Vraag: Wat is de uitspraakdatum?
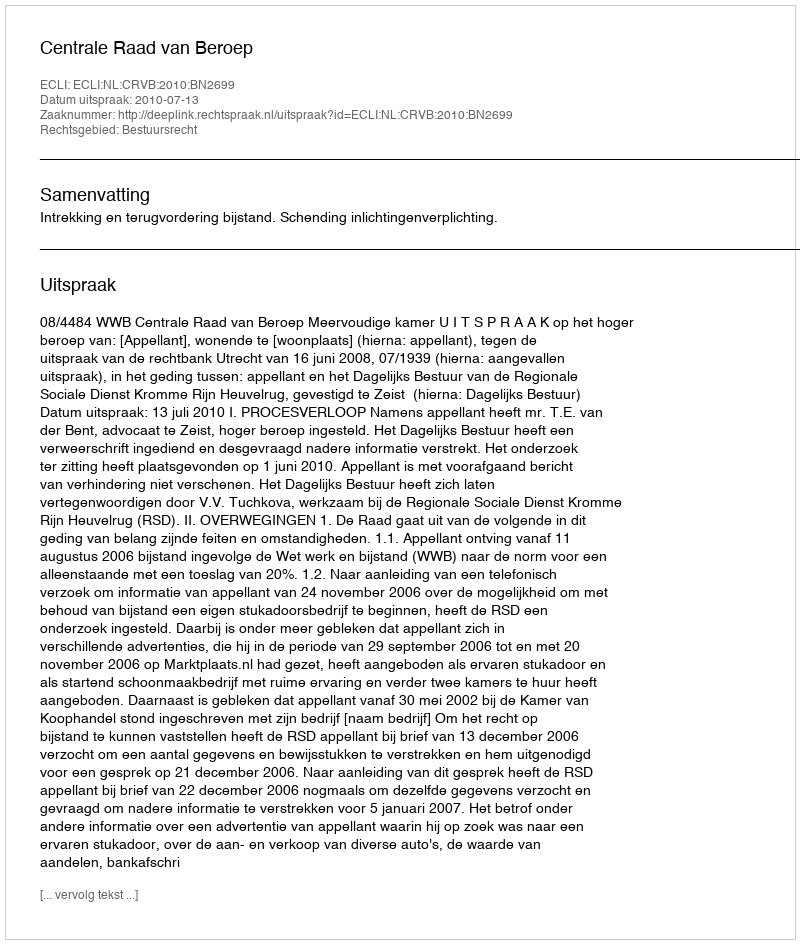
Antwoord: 2010-07-13